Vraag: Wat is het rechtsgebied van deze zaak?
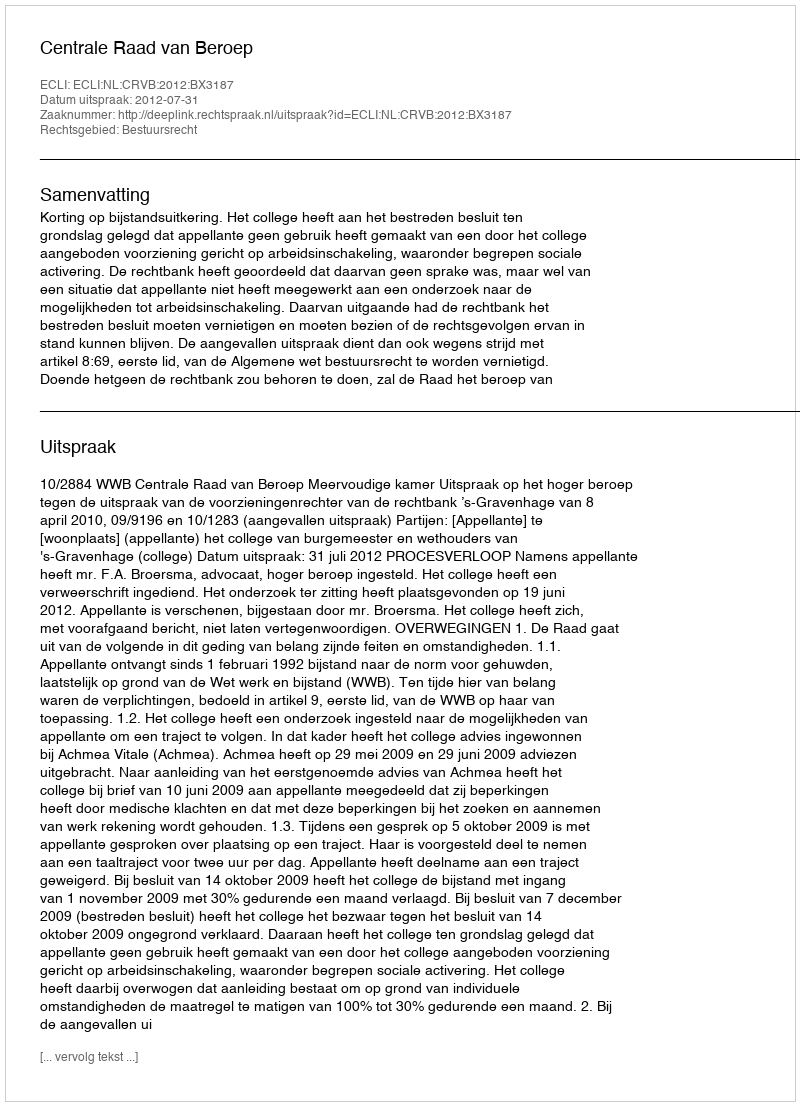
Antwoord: Bestuursrecht